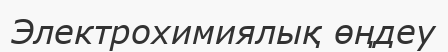
Электрохимиялық өңдеу